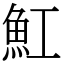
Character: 魟